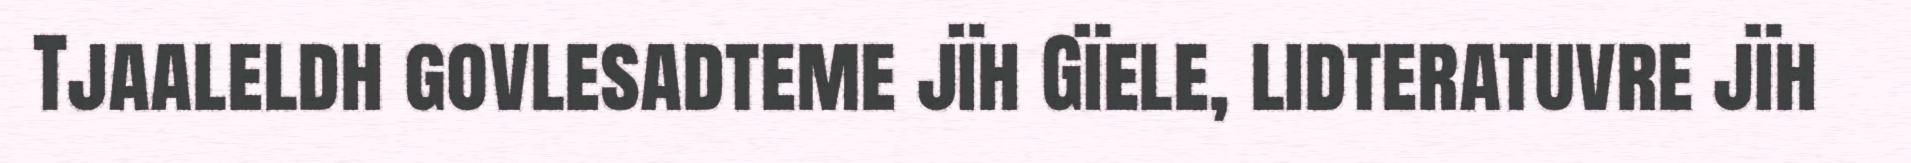
Tjaaleldh govlesadteme jïh Gïele, lidteratuvre jïh